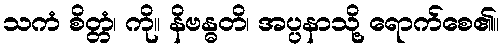
သကံ စိတ္တံ၊ ကို။ နိဗန္ဓတိ၊ အပ္ပနာသို့ ရောက်စေ၏။